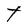
Character: t